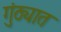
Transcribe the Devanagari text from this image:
गुंठ्यात